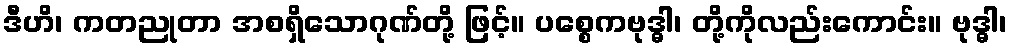
ဒီဟိ၊ ကတညုတာ အစရှိသောဂုဏ်တို့ ဖြင့်။ ပစ္စေကဗုဒ္ဓါ၊ တို့ကိုလည်းကောင်း။ ဗုဒ္ဓါ၊